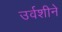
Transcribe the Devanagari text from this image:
उर्वशीने